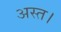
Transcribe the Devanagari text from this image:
अस्त।